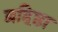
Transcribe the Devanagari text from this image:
ब्रहिष्ठा